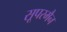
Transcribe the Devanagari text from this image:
सूपरमैन